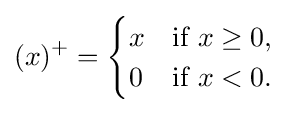
(x)^{+}={\begin{cases}x&{\text{if }}x\geq 0,\\0&{\text{if }}x<0.\end{cases}}